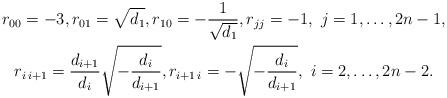
LaTeX: \begin{gather*}r_{00} = -3,r_{01} = \sqrt{d_1},r_{10} = -\frac{1}{\sqrt{d_1}},r_{jj} = -1,\ j=1,\ldots,2n-1, \\r_{i\,i+1} = \frac{d_{i+1}}{d_i}\sqrt{ -\frac{d_i}{d_{i+1}} }, r_{i+1\,i} = - \sqrt{ -\frac{d_i}{d_{i+1}} },\ i=2,\ldots,2n-2.\end{gather*}